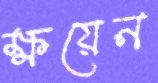
ক্ষয়েন